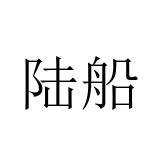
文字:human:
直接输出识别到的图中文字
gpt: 陆船